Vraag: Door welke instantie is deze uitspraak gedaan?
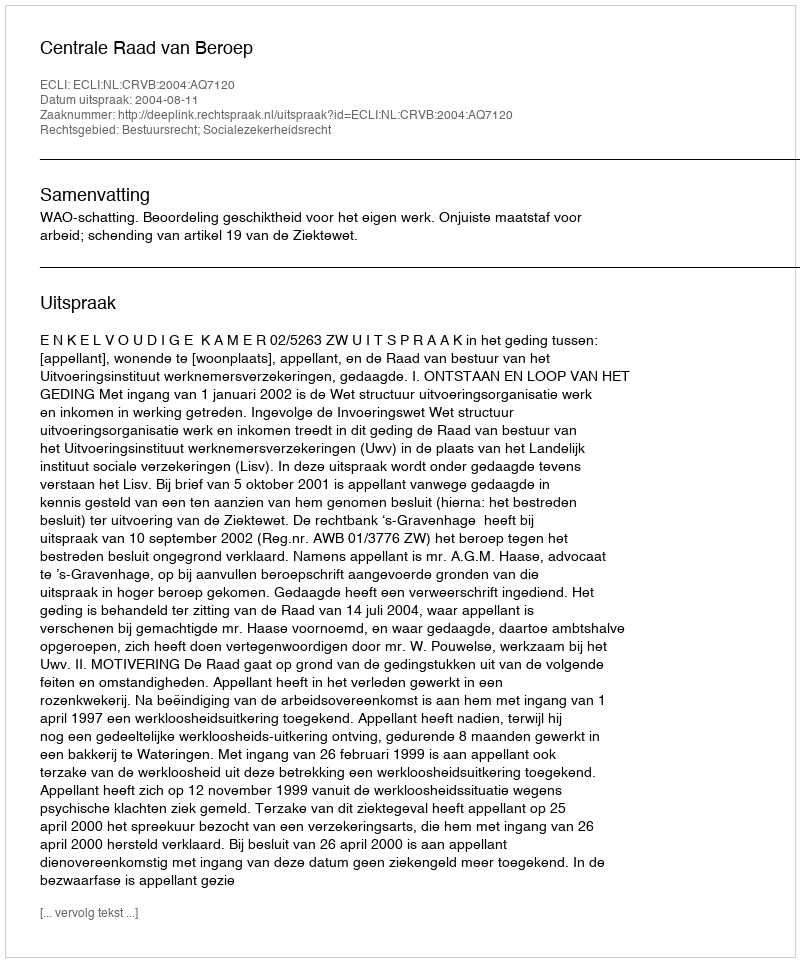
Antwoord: Centrale Raad van Beroep